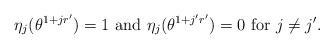
LaTeX: \begin{align*}\eta_j(\theta^{1+jr'})=1 {\rm ~and~} \eta_j(\theta^{1+j'r'})=0 {\rm ~for ~} j \neq j'.\end{align*}